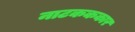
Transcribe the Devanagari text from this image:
नाटकककार